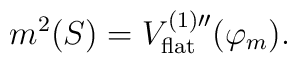
m^2(S)=V_{\mbox{\scriptsize flat}}^{(1) \prime \prime}(\varphi_m).